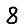
Digit: 8